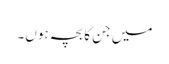
میں جن کابچہ ہوں۔